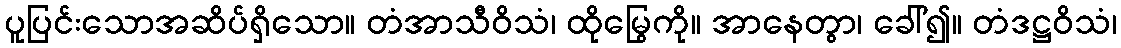
ပူပြင်းသောအဆိပ်ရှိသော။ တံအာသီဝိသံ၊ ထိုမြွေကို။ အာနေတွာ၊ ခေါ်၍။ တံဒဋ္ဌဝိသံ၊